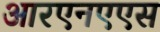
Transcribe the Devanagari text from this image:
आरएनएएस